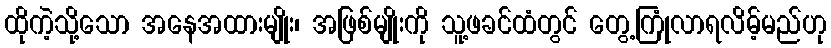
ထိုကဲ့သို့သော အနေအထားမျိုး၊ အဖြစ်မျိုးကို သူ့ဖခင်ထံတွင် တွေ့ကြုံလာရလိမ့်မည်ဟု